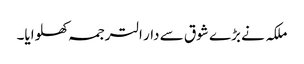
ملکہ نے بڑے شوق سے دار الترجمہ کھلوایا۔